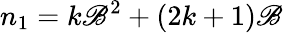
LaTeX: n_{1}=k\mathscr{B}^{2}+(2k+1)\mathscr{B}